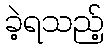
ခဲ့ရသည့်